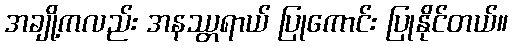
အချို့ကလည်း အနဿ္တရာယ် ပြုကောင်း ပြုနိုင်တယ်။